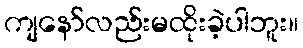
ကျနော်လည်းမထိုးခဲ့ပါဘူး။